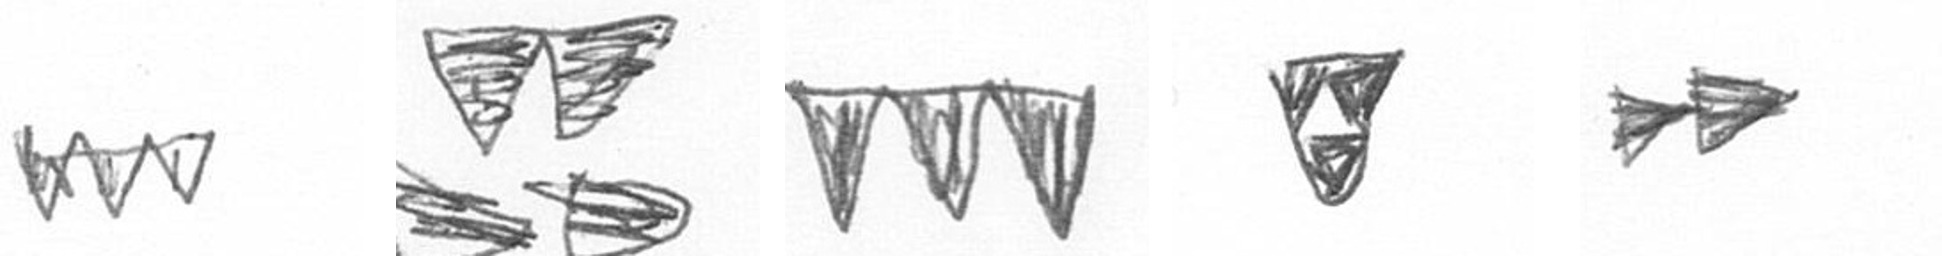
L B L S A